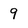
Character: 9